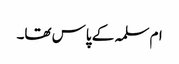
ام سلمہ کے پاس تھا۔